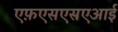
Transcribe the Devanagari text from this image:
एफ़एसएसएआई